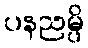
ပနညမ္ပိ